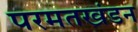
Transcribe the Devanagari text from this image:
परमतखंडन